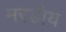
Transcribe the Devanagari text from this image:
मरडीय